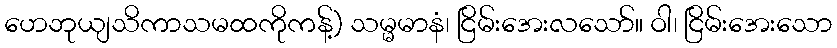
ဟေဘုယျသိကာသမထကိုကန့်) သမ္မမာနံ၊ ငြိမ်းအေးလသော်။ ဝါ၊ ငြိမ်းအေးသော